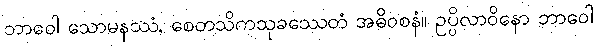
ဘာဝေါ သောမနဿံ, စေတသိကသုခဿေတံ အဓိဝစနံ။ ဥပ္ပိလာဝိနော ဘာဝေါ